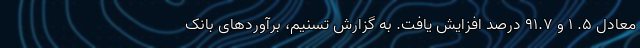
معادل ۵. ۱ و ۹۱.۷ درصد افزایش یافت. به گزارش تسنیم، برآوردهای بانک